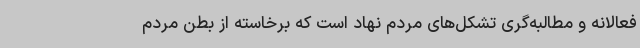
فعالانه و مطالبه‌گری تشکل‌های مردم نهاد است که برخاسته از بطن مردم